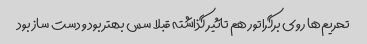
تحریم‌ها روی برگراتور هم تاثیر گذاشته قبلا سس بهتر بود و دست ساز بود